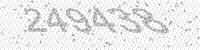
Solution: 249438